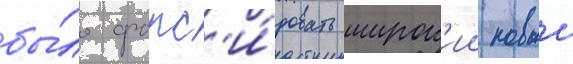
бы́ло форс'и́ровать широк'ии новыи